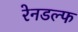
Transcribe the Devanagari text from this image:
रेनडल्फ